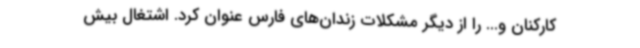
کارکنان و... را از دیگر مشکلات زندان‌های فارس عنوان کرد. اشتغال بیش